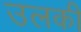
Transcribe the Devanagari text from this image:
उलकी